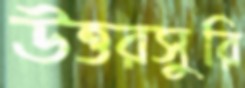
উত্তরসুরি